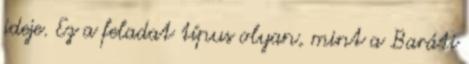
ideje. Ez a feladat típus olyan, mint a Baráti